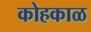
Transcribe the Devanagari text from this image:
कोहकाळ